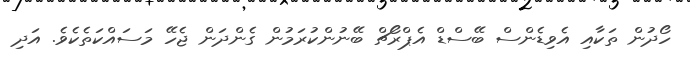
ހޯދުން ތަކާއި އެވިޑެންސް ބޭސްޑް އެޕްރޯޗް ބޭނުންކުރަމުން ގެންދަން ޖެހޭ މަސައްކަތެކެވެ. އަދި